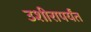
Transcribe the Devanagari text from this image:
उशीरापर्यंत